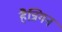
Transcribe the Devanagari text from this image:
हैन्निगन